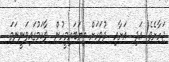
ޖަހާށެވެ! އަދި  އަށާއި  ދުވަހަށް ތިޔަބައިމީހުން  ވާކަމުގައިވަނީނަމަ